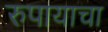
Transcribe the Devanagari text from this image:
रुपायाचा